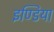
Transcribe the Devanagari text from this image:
इण्‍डिया